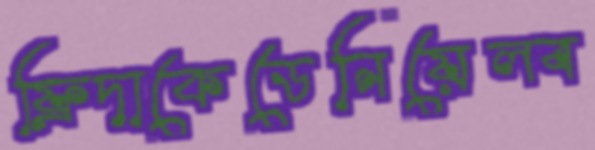
ফ্রিদাকেডেনিয়েলব